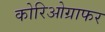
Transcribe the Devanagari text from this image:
कोरिओग्राफर